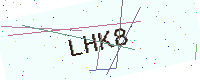
Text: LHK8